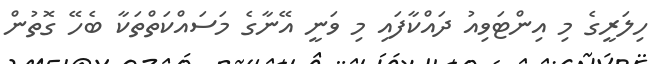
ހިލަރީގެ މި އިންޓަވިއު ދައްކާފައި މި ވަނީ އޭނާގެ މަސައްކަތްތަކާ ބެހޭ ގޮތުން